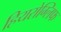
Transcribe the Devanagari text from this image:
हियरोग्लिफ